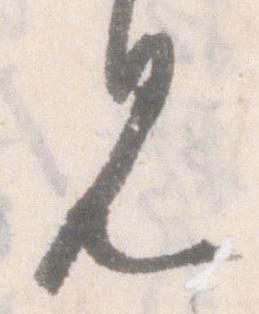
見